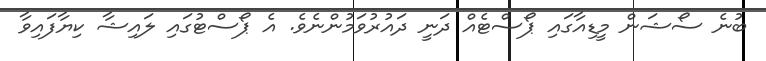
ބުނެ ސޯޝަން މީޑިއާގައި ޕޯސްޓެއް ދަނީ ދައުރުވަމުންނެވެ. އެ ޕޯސްޓުގައި ލައިޝާ ކިޔާފައިވާ